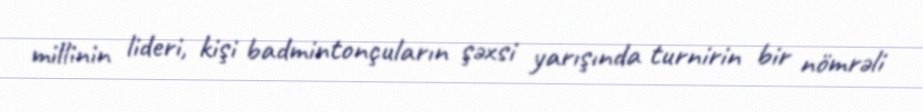
millinin lideri, kişi badmintonçuların şəxsi yarışında turnirin bir nömrəli